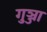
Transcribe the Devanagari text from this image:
गुञ्जा